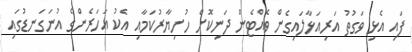
ފައި އެޅި ވަގުތު އަރިއަޅާލައިގެން ވެއްޓެން ދަނިކޮށް ހުށިޔާރުކަމާއި އެކު އަހަރެންގެ އުނަގަނޑުގައި